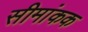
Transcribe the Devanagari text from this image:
सीमांकक